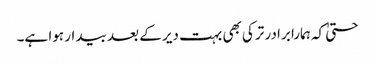
حتیٰ کہ ہمارا برادر ترکی بھی بہت دیر کے بعد بیدار ہوا ہے۔